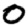
Digit: 0